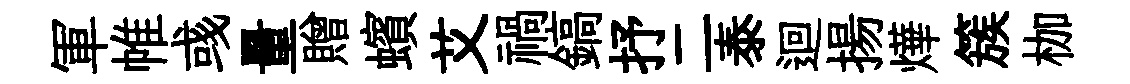
軍帷彧量贈蠙艾禍鎬抒二泰迴揚燁簇枷